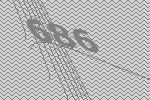
686